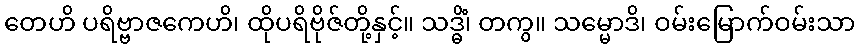
တေဟိ ပရိဗ္ဗာဇကေဟိ၊ ထိုပရိဗိုဇ်တို့နှင့်။ သဒ္ဓိံ၊ တကွ။ သမ္မောဒိ၊ ဝမ်းမြောက်ဝမ်းသာ